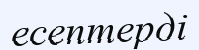
есептерді